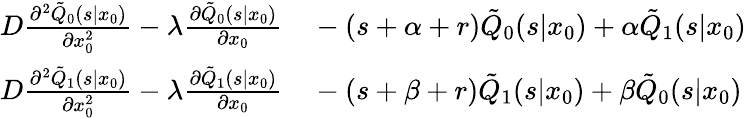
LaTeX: \begin{array}{rl}{D\frac{\partial^{2}\tilde{Q}_{0}(s|x_{0})}{\partial x_{0}^{2}}-\lambda\frac{\partial\tilde{Q}_{0}(s|x_{0})}{\partial x_{0}}}&{{}-(s+\alpha+r)\tilde{Q}_{0}(s|x_{0})+\alpha\tilde{Q}_{1}(s|x_{0})}\\ {D\frac{\partial^{2}\tilde{Q}_{1}(s|x_{0})}{\partial x_{0}^{2}}-\lambda\frac{\partial\tilde{Q}_{1}(s|x_{0})}{\partial x_{0}}}&{{}-(s+\beta+r)\tilde{Q}_{1}(s|x_{0})+\beta\tilde{Q}_{0}(s|x_{0})}\end{array}